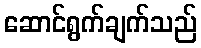
ဆောင်ရွက်ချက်သည်